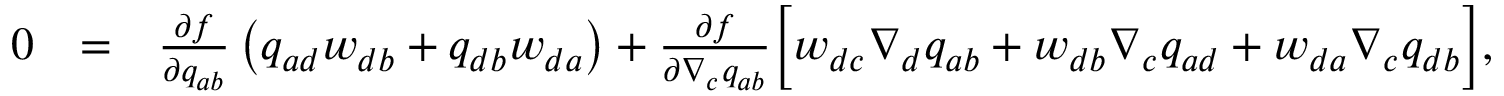
\begin{array} { r l r } { 0 } & { = } & { \frac { \partial f } { \partial q _ { a b } } \left( q _ { a d } w _ { d b } + q _ { d b } w _ { d a } \right) + \frac { \partial f } { \partial \nabla _ { c } q _ { a b } } \bigg [ w _ { d c } \nabla _ { d } q _ { a b } + w _ { d b } \nabla _ { c } q _ { a d } + w _ { d a } \nabla _ { c } q _ { d b } \bigg ] , } \end{array}